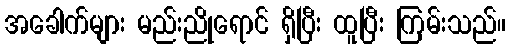
အခေါက်များ မည်းညိုရောင် ရှိပြီး ထူပြီး ကြမ်းသည်။